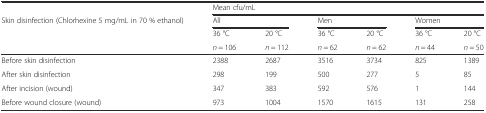
<table><thead><tr><td></td><td colspan="6"><b>Mean cfu/mL</b></td></tr><tr><td><b>Skin disinfection (Chlorhexine 5 mg/mL in 70 % ethanol)</b></td><td colspan="2"><b>All</b></td><td colspan="2"><b>Men</b></td><td colspan="2"><b>Women</b></td></tr><tr><td></td><td><b>36 °C</b></td><td><b>20 °C</b></td><td><b>36 °C</b></td><td><b>20 °C</b></td><td><b>36 °C</b></td><td><b>20 °C</b></td></tr><tr><td></td><td><b><i>n</i> = 106</b></td><td><b><i>n</i> = 112</b></td><td><b><i>n</i> = 62</b></td><td><b><i>n</i> = 62</b></td><td><b><i>n</i> = 44</b></td><td><b><i>n</i> = 50</b></td></tr></thead><tbody><tr><td>Before skin disinfection</td><td>2388</td><td>2687</td><td>3516</td><td>3734</td><td>825</td><td>1389</td></tr><tr><td>After skin disinfection</td><td>298</td><td>199</td><td>500</td><td>277</td><td>5</td><td>85</td></tr><tr><td>After incision (wound)</td><td>347</td><td>383</td><td>592</td><td>576</td><td>1</td><td>144</td></tr><tr><td>Before wound closure (wound)</td><td>973</td><td>1004</td><td>1570</td><td>1615</td><td>131</td><td>258</td></tr></tbody></table>